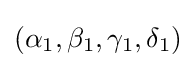
(\alpha _{1},\beta _{1},\gamma _{1},\delta _{1})